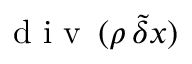
\mathrm { ~ d ~ i ~ v ~ } \, ( \rho \, \tilde { \delta } \boldsymbol { x } )